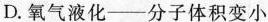
D.氧气液化——分子体积变小